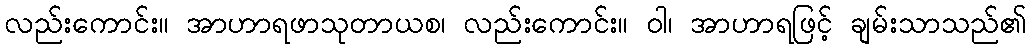
လည်းကောင်း။ အာဟာရဖာသုတာယစ၊ လည်းကောင်း။ ဝါ၊ အာဟာရဖြင့် ချမ်းသာသည်၏